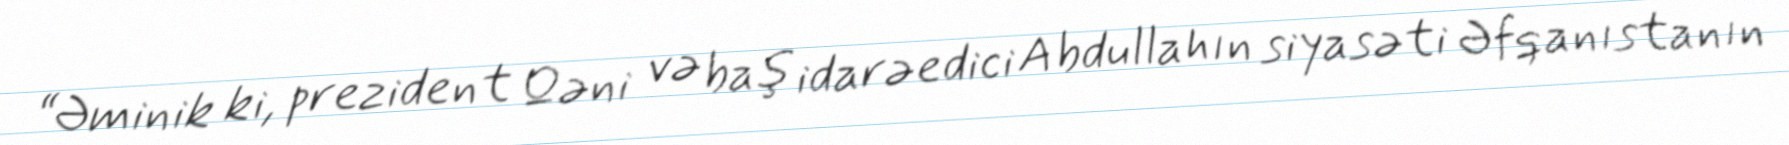
“Əminik ki, prezident Qəni və baş idarəedici Abdullahın siyasəti Əfqanıstanın